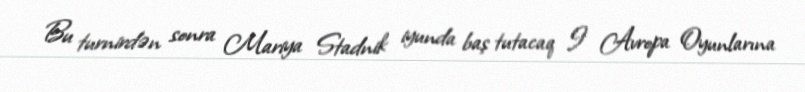
Bu turnirdən sonra Mariya Stadnik iyunda baş tutacaq I Avropa Oyunlarına